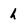
Character: h